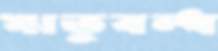
ঋতুবন্ধ